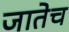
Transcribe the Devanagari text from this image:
जातेच